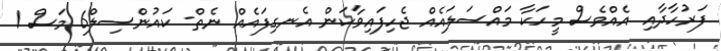
ފަރުހާދާއި އެއްވެސް މީހަކާ މައްސަލައެއް ޖެހިފައިވާކަން އެނގިފައެއް ނެތް- ކައުންސިލް6 މަސް 1